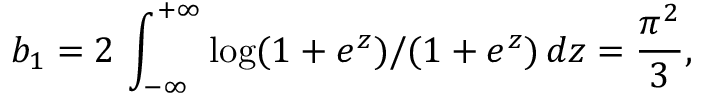
b _ { 1 } = 2 \, \int _ { - \infty } ^ { + \infty } \log ( 1 + e ^ { z } ) / ( 1 + e ^ { z } ) \, d z = \frac { \pi ^ { 2 } } { 3 } ,